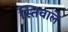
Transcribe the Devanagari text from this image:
स्तिवाले